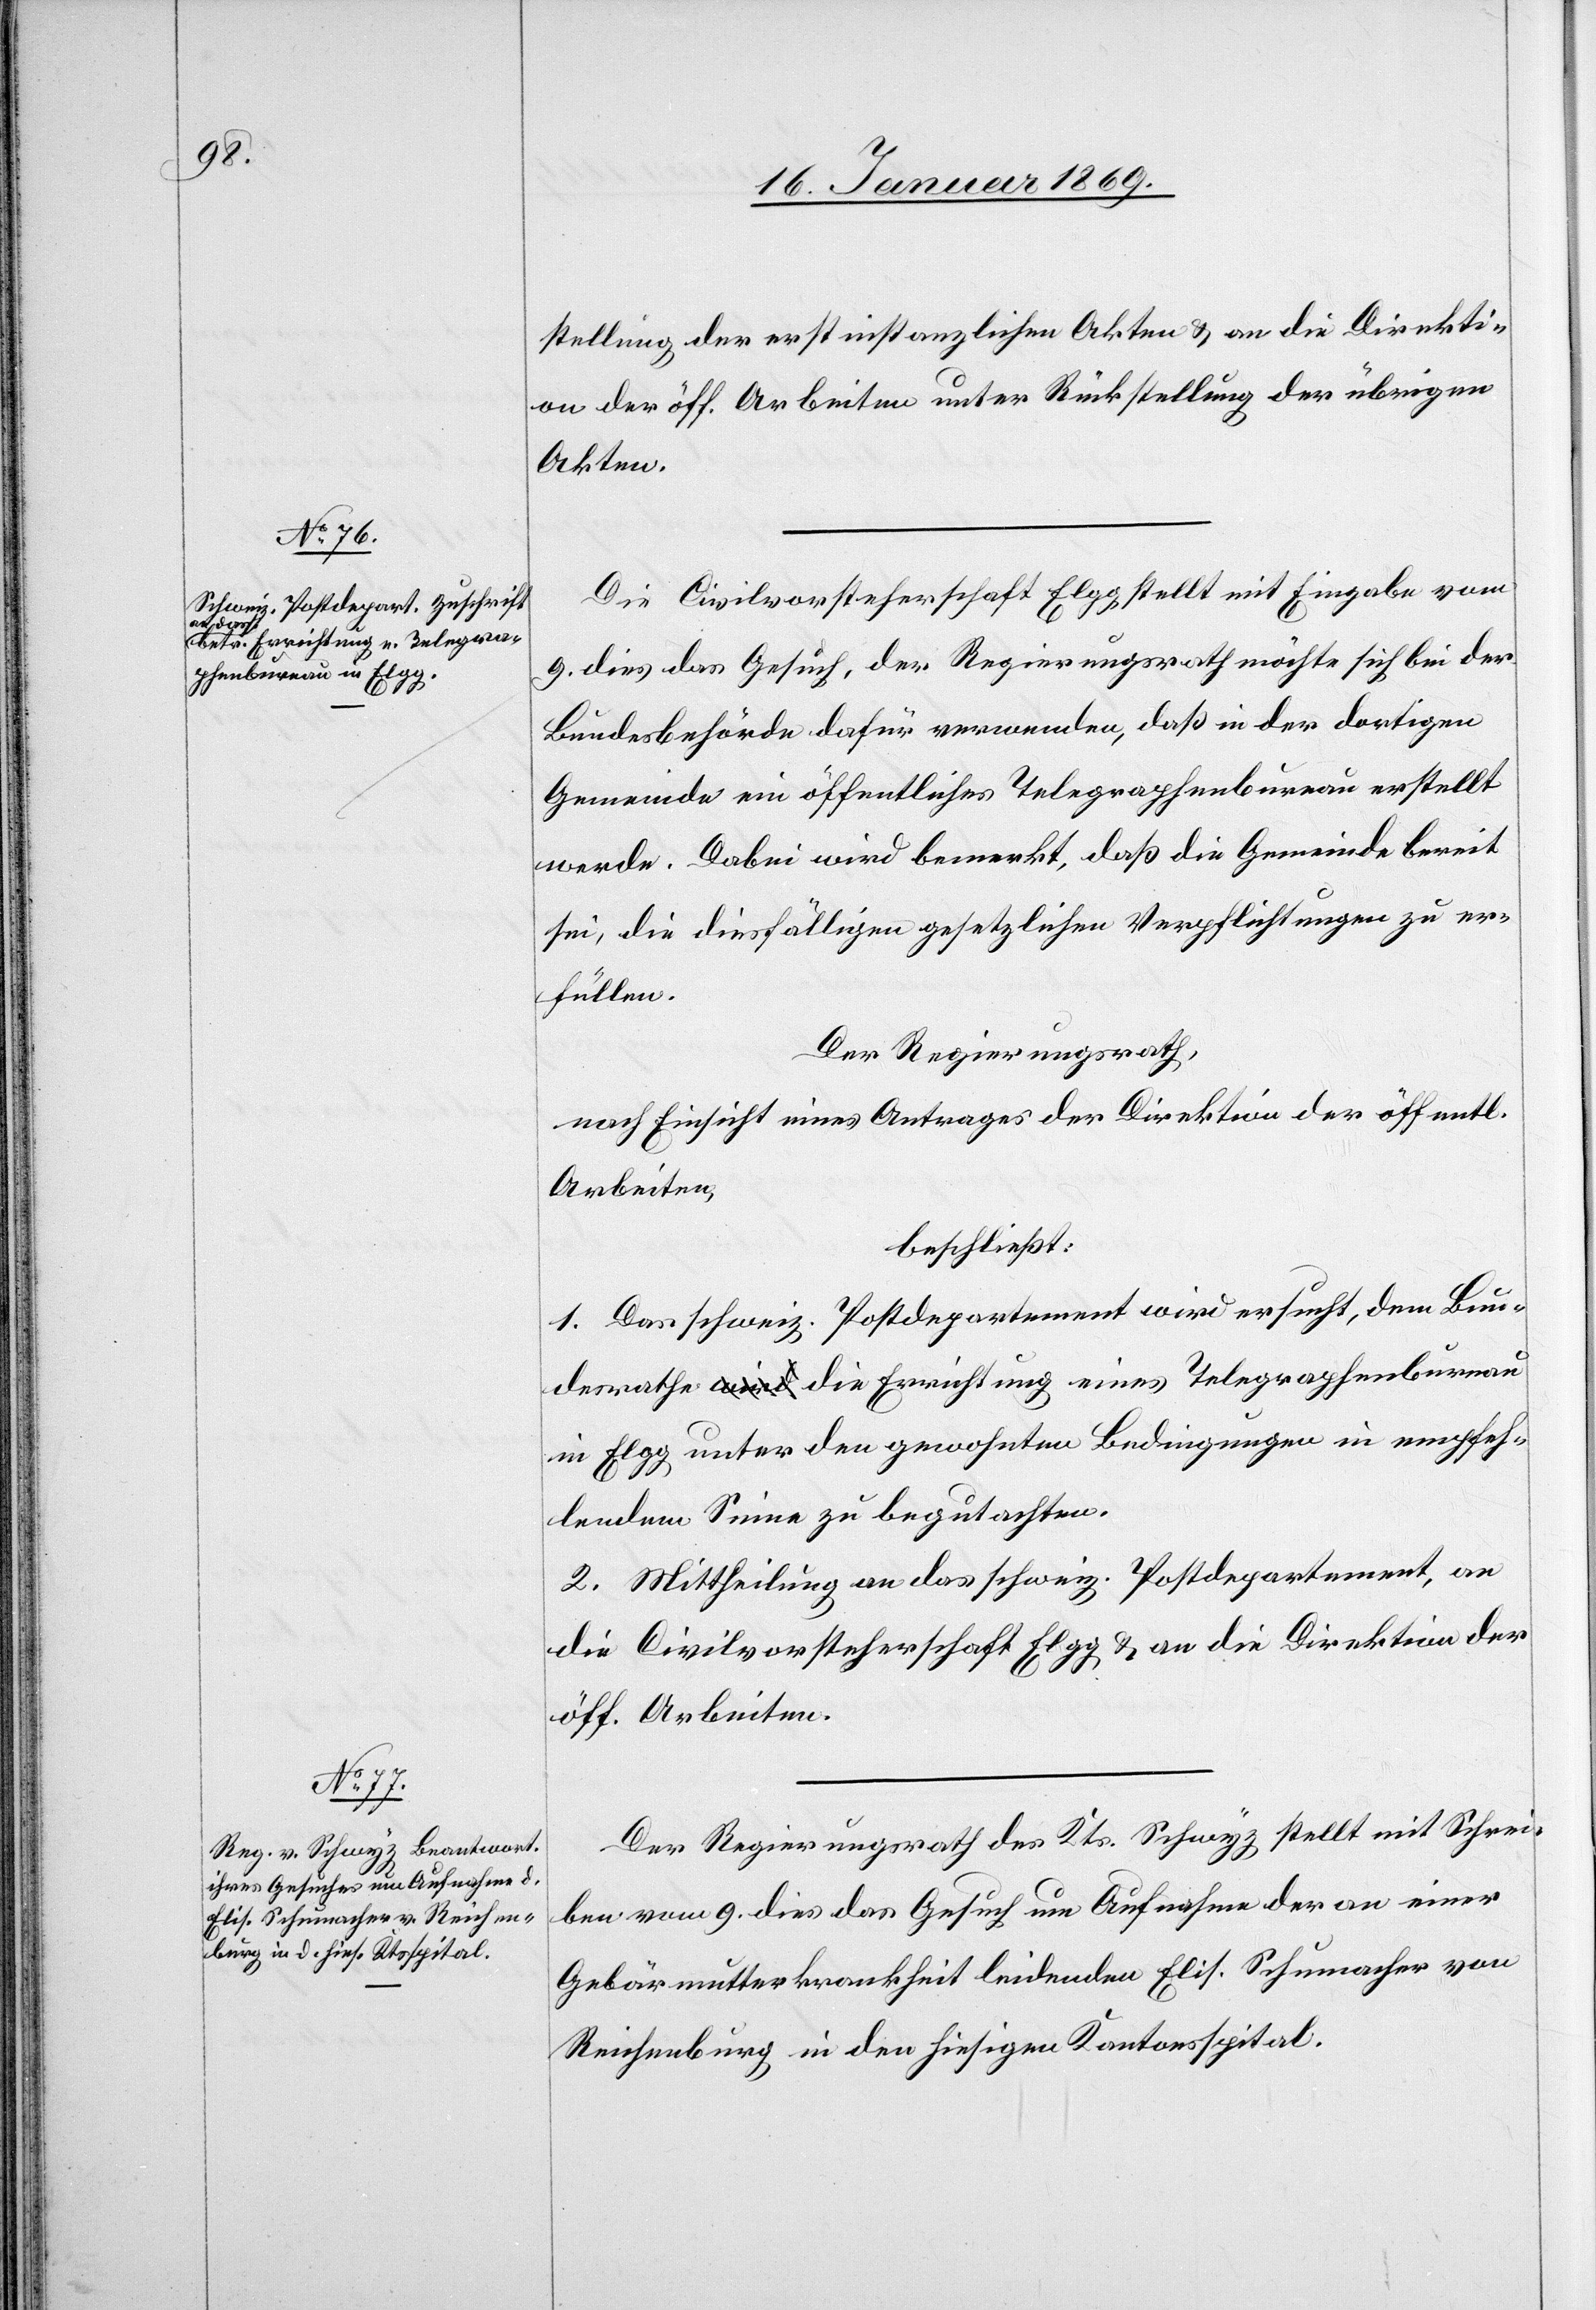
stellung der erstinstanzlichen Akten u. an die Direkti¬
on der öff. Arbeiten unter Rückstellung der übrigen
Akten.
Die Civilvorsteherschaft Elgg stellt mit Eingabe vom
9. dies das Gesuch, der Regierungsrath möchte sich bei der
Bundesbehörde dafür verwenden, daß in der dortigen
Gemeinde ein öffentliches Telegraphenbureau erstellt
werde. Dabei wird bemerkt, daß die Gemeinde bereit
sei, die diesfälligen gesetzlichen Verpflichtungen zu er¬
füllen.
Der Regierungsrath,
nach Einsicht eines Antrages der Direktion der öffentl.
Arbeiten
beschließt:
1. Das schweiz. Postdepartement wird ersucht, dem Bun¬
desrathe die Errichtung eines Telegraphenbureau
in Elgg unter den gewohnten Bedingungen in nachsteh¬
endem Sinne zu begutachten.
2. Mittheilung an das schweiz. Postdepartement, an
die Civilvorsteherschaft Elgg u. an die Direktion der
öff. Arbeiten.
Der Regierungsrath des Kts. Schwyz stellt mit Schrei¬
ben vom 9. dies das Gesuch um Aufnahme der an einer
Gebärmutterkrankheit leidenden Elis. Schumacher von
Reichenburg in den hiesigen Kantonsspital.